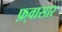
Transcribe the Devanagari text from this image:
फ़्वासार